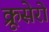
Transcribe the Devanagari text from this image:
क्रूसेरो